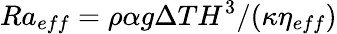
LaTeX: Ra_{eff}=\rho\alpha g\Delta TH^{3}/(\kappa\eta_{eff})